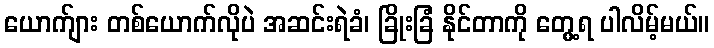
ယောက်ျား တစ်ယောက်လိုပဲ အဆင်းရဲခံ၊ ခြိုးခြံ နိုင်တာကို တွေ့ရ ပါလိမ့်မယ်။